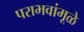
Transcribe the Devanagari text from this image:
पराभवांमूळे